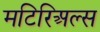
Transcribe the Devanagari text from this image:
मटिरिअल्स